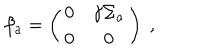
LaTeX: \beta _ { a } = \left( \begin{matrix} { { 0 } } & { { \gamma \Sigma _ { a } } } \\ { { 0 } } & { { 0 } } \\ \end{matrix} \right) ~ ,